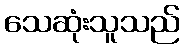
သေဆုံးသူသည်